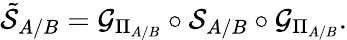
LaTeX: \tilde{\mathcal{S}}_{A/B}=\mathcal{G}_{\Pi_{A/B}}\circ\mathcal{S}_{A/B}\circ\mathcal{G}_{\Pi_{A/B}}.